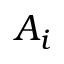
A _ { i }